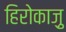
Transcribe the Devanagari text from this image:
हिरोकाज़ु